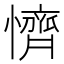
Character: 懠